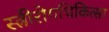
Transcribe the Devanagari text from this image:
स्त्रीरोगचिकित्सा